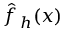
{ \hat { f \, } } _ { h } ( x )